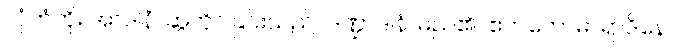
လှံတံကို။ အာဒါနံ၊ ဆွဲကိုင်ခြင်းသည်။ ဒဏ္ဍာဒါနံ၊ မည်၏။ ဧကတောဓာရာဒိနော၊